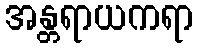
အန္တရာယကရာ